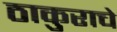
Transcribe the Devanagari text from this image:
ठाकुराचे